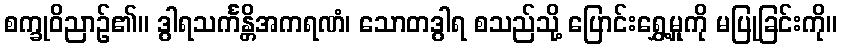
စက္ခုဝိညာဉ်၏။ ဒွါရသင်္ကန္တိအကရဏံ၊ သောတဒွါရ စသည်သို့ ပြောင်းရွှေ့မှုကို မပြုခြင်းကို။